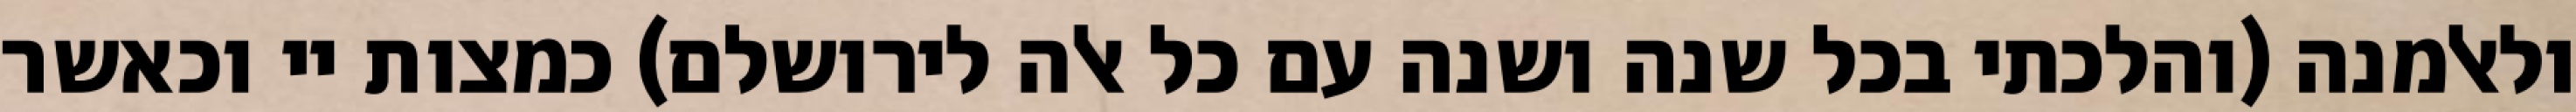
ולאלמנה (והלכתי בכל שנה ושנה עם כל אלה לירושלם) כמצות יי וכאשר